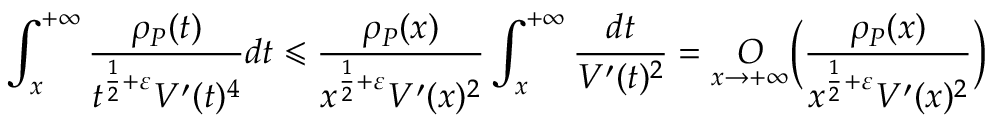
\int _ { x } ^ { + \infty } \frac { \rho _ { P } ( t ) } { t ^ { \frac { 1 } { 2 } + \varepsilon } V ^ { \prime } ( t ) ^ { 4 } } d t \leqslant \frac { \rho _ { P } ( x ) } { x ^ { \frac { 1 } { 2 } + \varepsilon } V ^ { \prime } ( x ) ^ { 2 } } \int _ { x } ^ { + \infty } \frac { d t } { V ^ { \prime } ( t ) ^ { 2 } } = \underset { x \rightarrow + \infty } { O } \Big ( \frac { \rho _ { P } ( x ) } { x ^ { \frac { 1 } { 2 } + \varepsilon } V ^ { \prime } ( x ) ^ { 2 } } \Big )